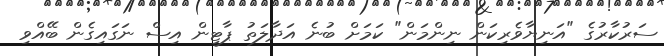
ސަރުކާރުގެ "އަނިޔާވެރިކަން ނިންމަން" ކަމަށް ބުނެ އަދާލަތު ޕާޓީން އިސް ނަގައިގެން ބޭއްވި